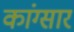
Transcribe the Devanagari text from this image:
कांग्सार